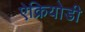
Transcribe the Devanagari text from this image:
ऐक्रियोडी